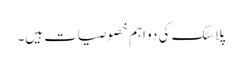
پلاسٹک کی دو اہم خصوصیات ہیں۔